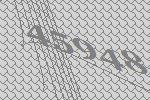
45948